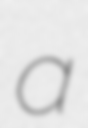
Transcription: a